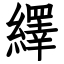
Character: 繹